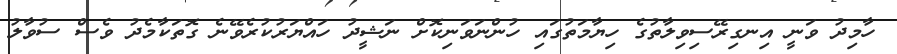
ހާމިދު ވަނީ އިނގިރޭސިވިލާތުގެ ހިޔާމަތުގައި ހުންނަވަނިކޮށް ނަޝީދު ހައްޔަރުކުރެވޭނެ ގޮތަކާމެދު ވެސް ސުވާލު